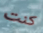
كنت